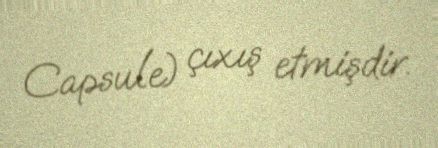
Capsule) çıxış etmişdir.